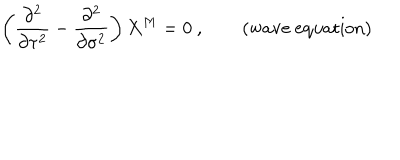
LaTeX: \left( \frac { \partial ^ { 2 } } { \partial \tau ^ { 2 } } - \frac { \partial ^ { 2 } } { \partial \sigma ^ { 2 } } \right) X ^ { M } = 0 ~ , \qquad ( \mathrm { w a v e ~ e q u a t i o n } )